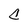
Character: C